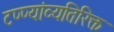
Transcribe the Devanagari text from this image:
टप्प्यांव्यतिरिक्त